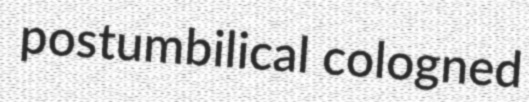
postumbilical cologned